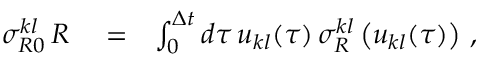
\begin{array} { r l r } { \sigma _ { R 0 } ^ { k l } \, { \cal R } } & { { } = } & { \int _ { 0 } ^ { \Delta t } d \tau \, u _ { k l } ( \tau ) \, \sigma _ { R } ^ { k l } \left( u _ { k l } ( \tau ) \right) \, , } \end{array}